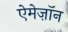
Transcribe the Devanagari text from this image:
ऐमेज़ॉन